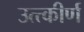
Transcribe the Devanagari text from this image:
उत्त्कीर्ण